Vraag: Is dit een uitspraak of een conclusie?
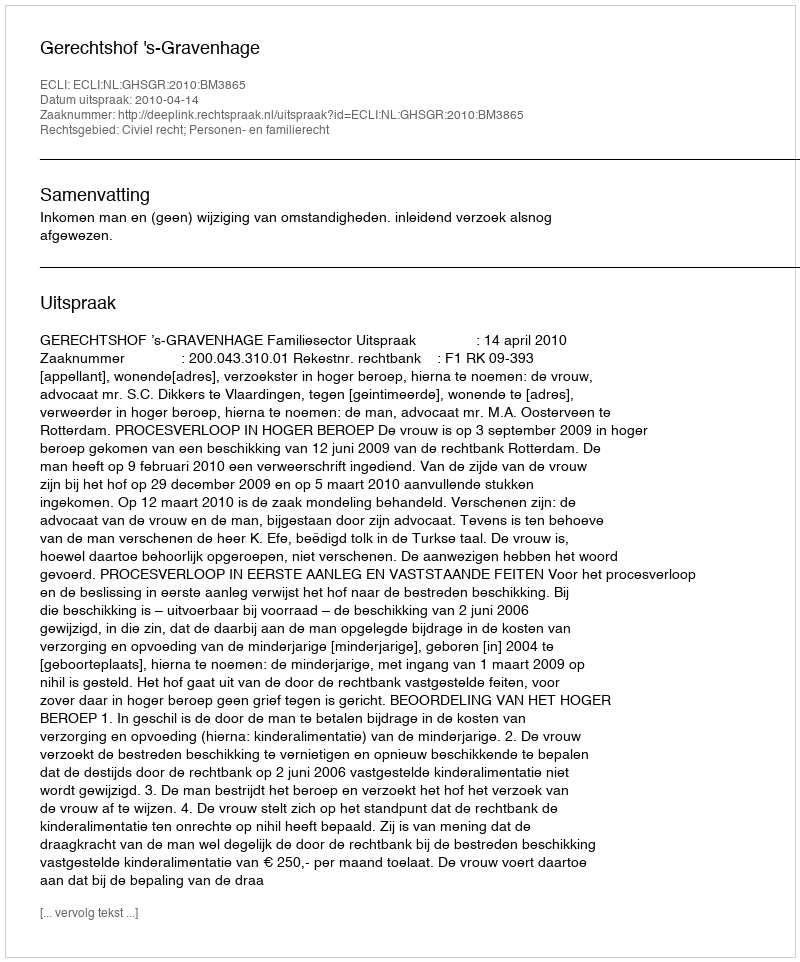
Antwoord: Uitspraak